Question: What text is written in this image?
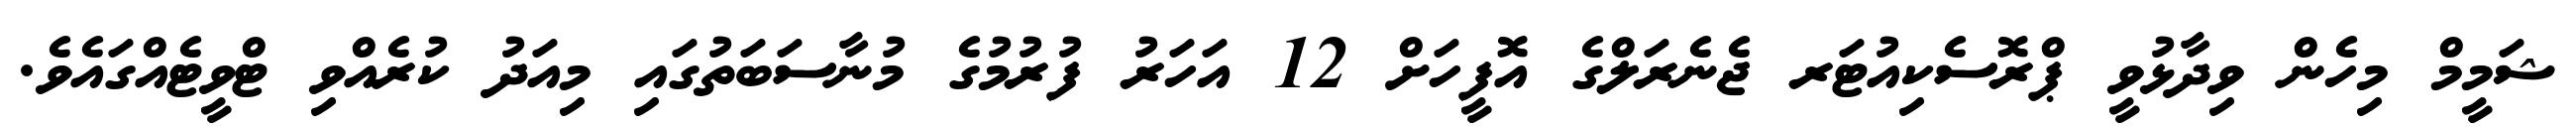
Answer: ޝަމީމް މިހެން ވިދާޅުވީ ޕްރޮސެކިއުޓަރ ޖެނެރަލްގެ އޮފީހަށް 12 އަހަރު ފުރުމުގެ މުނާސަބަތުގައި މިއަދު ކުރެއްވި ޓްވީޓެއްގައެވެ.